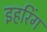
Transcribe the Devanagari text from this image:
इहरिंग